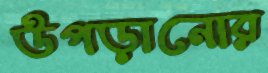
উপড়ানোর